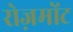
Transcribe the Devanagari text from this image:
रोज़मोंट